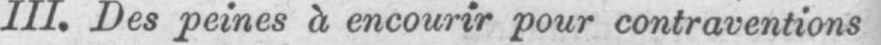
III. Des peines à encourir pour contraventions